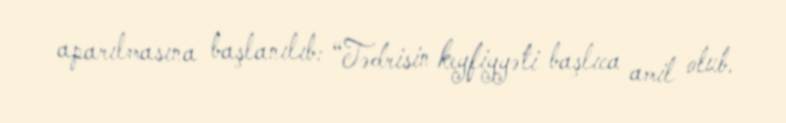
aparılmasına başlanılıb: “Tədrisin keyfiyyəti başlıca amil olub.